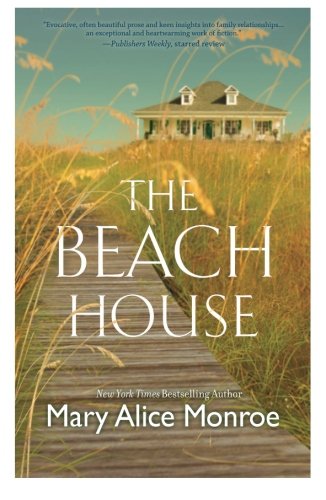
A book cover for The Beach House; Mary Alice Monroe; Literature & Fiction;